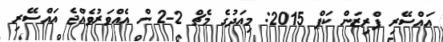
އައްސޭރި ޕްރިޒަން ކަޕް 2015: މިއަދުގެ މެޗް 2-2 ން އެއްވަރުވެއްޖެ އައްސޭރި